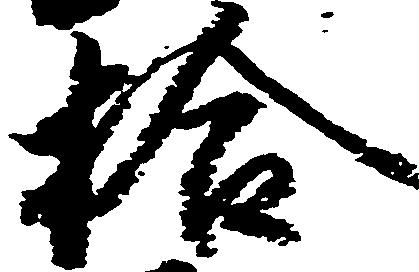
拾